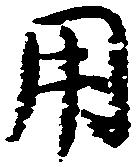
用